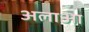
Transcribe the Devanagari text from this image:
अलाआ